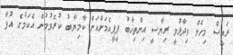
ރައީސް މިހެން ވިދާޅުވީ ރިޔާސީ އިންތިޚާބު ޕީޕީއެމަށްއަށް ކާމިޔާބު ކުރެވުމުން އެކަމުގެ އުފާ